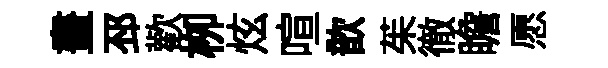
畫邳歡栁炫喧歆茱徹瞻愿